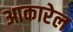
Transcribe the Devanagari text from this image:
आकारेल